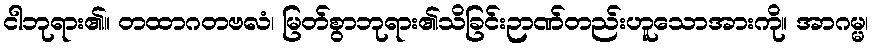
ငါဘုရား၏။ တထာဂတဗလံ၊ မြတ်စွာဘုရား၏သိခြင်းဉာဏ်တည်းဟူသောအားကို။ အာဂမ္မ၊